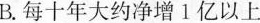
B.每十年大约净增1亿以上